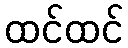
ထင်ထင်